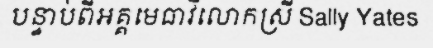
បន្ទាប់ពីអគ្គមេធាវីលោកស្រី Sally Yates